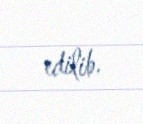
edilib.